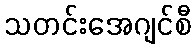
သတင်းအေဂျင်စီ